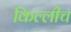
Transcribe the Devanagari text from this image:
किल्लीच